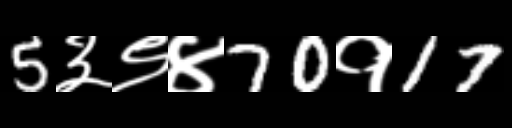
Text: 5३९४70१17